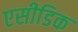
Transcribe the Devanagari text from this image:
एसीडिक